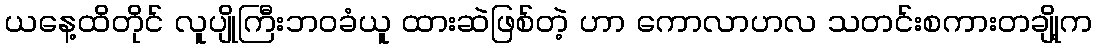
ယနေ့ထိတိုင် လူပျိုကြီးဘဝခံယူ ထားဆဲဖြစ်တဲ့ ဟာ ကောလာဟလ သတင်းစကားတချို့က